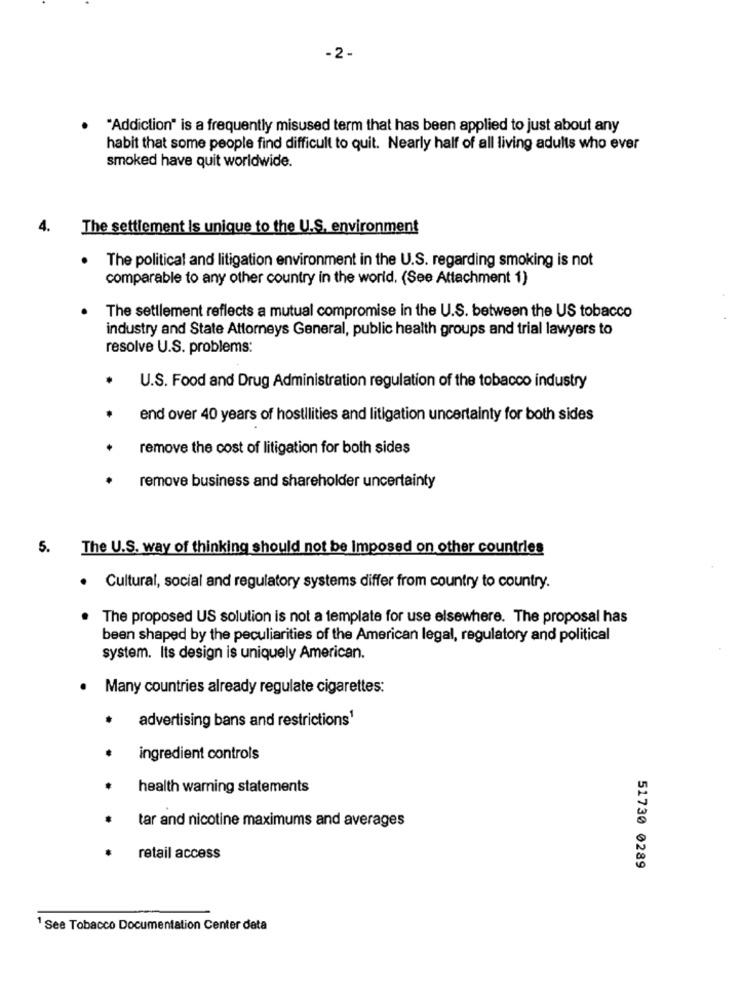
-2-
"Addiction" is a frequently misused term that has been applied to just about any
habit that some people find difficult to quit. Nearly half of all living adults who ever
smoked have quit worldwide.
4.
The settlement is unique to the U.S. environment
The political and litigation environment in the U.S. regarding smoking is not
comparable to any other country in the world. (See Attachment 1)
The settlement reflects a mutual compromise in the U.S. between the US tobacco
industry and State Attorneys General, public health groups and trial lawyers to
resolve U.S. problems:
U.S. Food and Drug Administration regulation of the tobacco industry
end over 40 years of hostilities and litigation uncertainty for both sides
remove the cost of litigation for both sides
remove business and shareholder uncertainty
5.
The U.S. way of thinking should not be Imposed on other countries
· Cultural, social and regulatory systems differ from country to country.
The proposed US solution is not a template for use elsewhere. The proposal has
been shaped by the peculiarities of the American legal, regulatory and political
system. Its design is uniquely American.
Many countries already regulate cigarettes:
advertising bans and restrictions'
ingredient controls
health warning statements
tar and nicotine maximums and averages
retail access
51730 0289
1 See Tobacco Documentation Center data